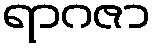
ရာဂဇာ